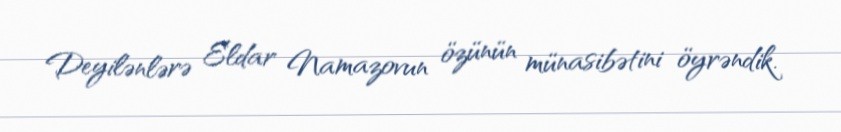
Deyilənlərə Eldar Namazovun özünün münasibətini öyrəndik.